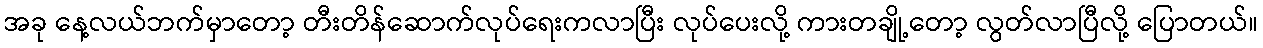
အခု နေ့လယ်ဘက်မှာတော့ တီးတိန်ဆောက်လုပ်ရေးကလာပြီး လုပ်ပေးလို့ ကားတချို့တော့ လွတ်လာပြီလို့ ပြောတယ်။